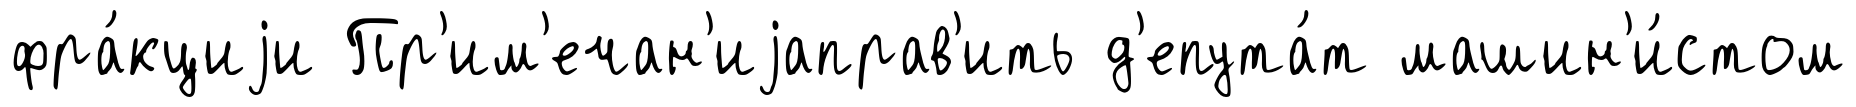
фра́кциjи Пр'им'ечан'иjаправ'ить д'епута́т машин'и́стом